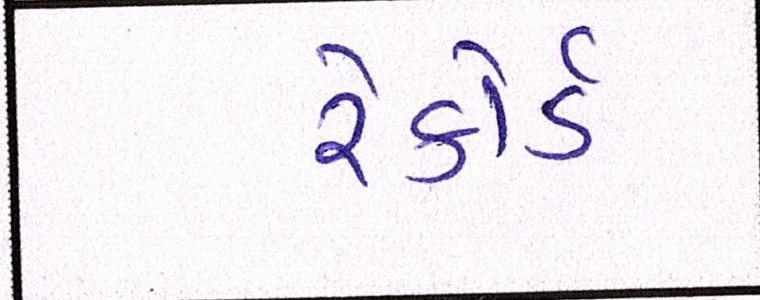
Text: રેકોર્ડ